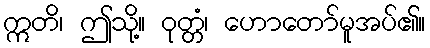
ဣတိ၊ ဤသို့။ ဝုတ္တံ၊ ဟောတော်မူအပ်၏။